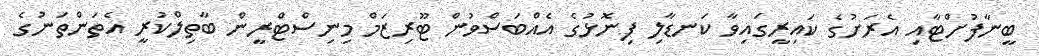
ބީނާފުށްޓާއި އެރަށުގެ ކައިރީގައިވާ ކަނޑާލި ފިނޮޅުގެ އެއްބަސްވުން ޓޫރިޒަމް މިނިސްޓްރީން ބާތިލްކުރީ އެތަންތަނުގެ